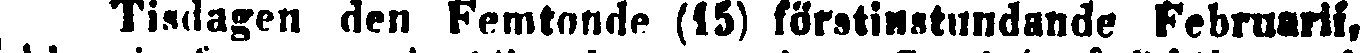
Tisdagen den Femtonde (15) förstinstundande Februarii,